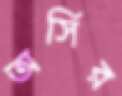
অর্সির